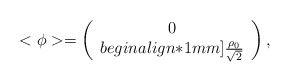
\begin{align*}<{\phi}>=\left(\begin{array}{cl}0\\begin{align*}1mm]\frac{\rho_0}{\sqrt{2}}\end{array}\right),\end{align*}